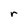
Character: r